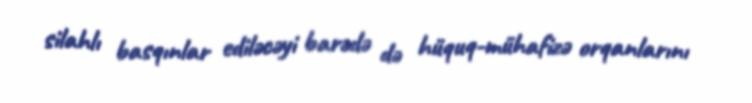
silahlı basqınlar ediləcəyi barədə də hüquq-mühafizə orqanlarını